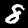
Label: 8